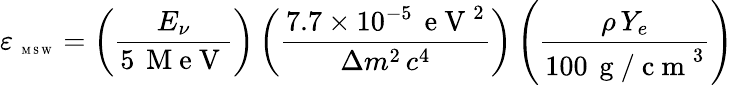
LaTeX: \varepsilon_{\mathrm{~\tiny~M~S~W~}}=\left(\frac{E_{\nu}}{5\, \mathrm{~M~e~V~}}\right)\left(\frac{7.7\times 10^{-5}\, {\mathrm{~e~V~}^{2}}}{\Delta m^{2}\, c^{4}}\right)\left(\frac{\rho\, Y_{e}}{100\, \mathrm{~g~/~c~m~}^{3}}\right)